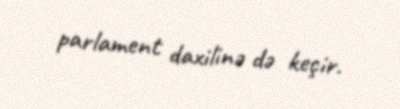
parlament daxilinə də keçir.